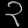
Digit: ၃